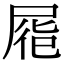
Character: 𡱹